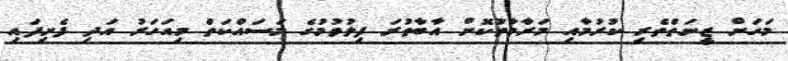
މަހަށް ޒީނަތްތެރި ކުރުމާއި މަރާމާތުކޮށް އާބާތުރަ ފިލުވުމުގެ މަސައްކަތް މިއަހަރު އަދި ފެށިފައި